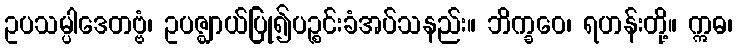
ဥပသမ္ပါဒေတဗ္ဗံ၊ ဥပဇ္ဈာယ်ပြု၍ပဉ္စင်းခံအပ်သနည်း။ ဘိက္ခဝေ၊ ရဟန်းတို့။ ဣဓ၊